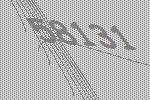
58131